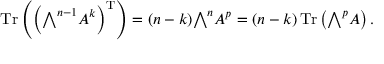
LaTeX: \operatorname { T r } \left( \left( { \textstyle \bigwedge } ^ { n - 1 } A ^ { k } \right) ^ { \mathrm { T } } \right) = ( n - k ) { \textstyle \bigwedge } ^ { n } A ^ { p } = ( n - k ) \operatorname { T r } \left( { \textstyle \bigwedge } ^ { p } A \right) .